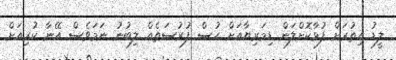
ލީޑު އިތުރަށް ފުޅާކޮށްލަން ޑިމަރިޔާއަށް ހުސް ފުރުސަތެއް ލިބުނު ނަމަވެސް އޭނާ ކުރިއަށް